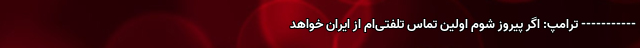
----------- ترامپ: اگر پیروز شوم اولین تماس تلفتی‌ام از ایران خواهد